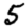
Digit: 5